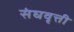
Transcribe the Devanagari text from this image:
संघवृत्ती